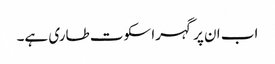
اب ان پر گہرا سکوت طاری ہے۔